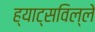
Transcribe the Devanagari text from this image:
ह्याट्सविल्ले